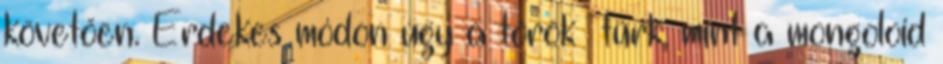
követően. Érdekes módon úgy a török türk, mint a mongoloid